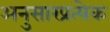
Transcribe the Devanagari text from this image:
अनुसारप्रत्येक